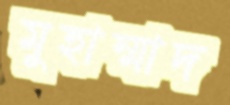
মুহাম্মাদ